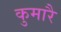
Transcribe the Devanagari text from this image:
कुमारै